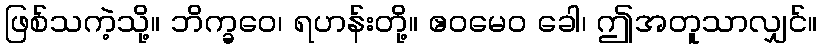
ဖြစ်သကဲ့သို့။ ဘိက္ခဝေ၊ ရဟန်းတို့။ ဧဝမေဝ ခေါ၊ ဤအတူသာလျှင်။